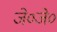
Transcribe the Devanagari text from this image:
जे०जे०